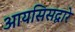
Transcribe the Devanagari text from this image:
आयसिसद्वारे